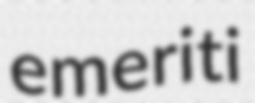
emeriti